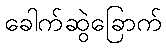
ခေါက်ဆွဲခြောက်